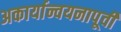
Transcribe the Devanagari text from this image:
अकार्यान्वयनापूर्वी